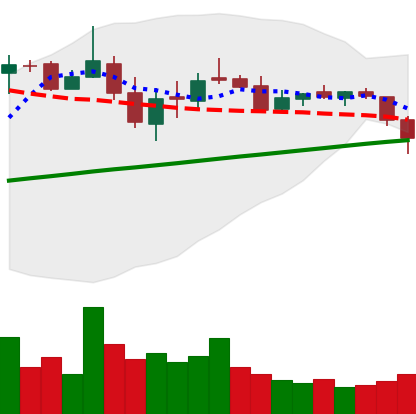
Ticker: LTC-USD
Chart end date: 2018-03-07
Forward return: -4.092%
Label: down_3_5